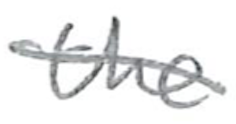
Text: the
Cross-out: diagonal
Writing tool: pencil